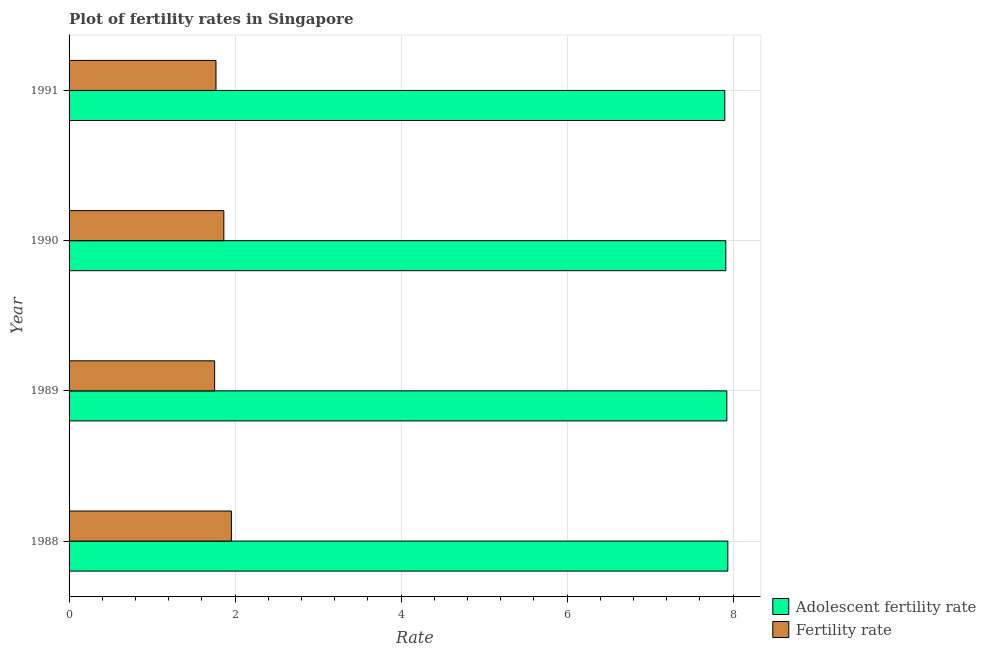
| Year | Adolescent fertility rate | Fertility rate |
 | --- | --- | --- |
 | 1988 | 7.94 | 1.96 |
 | 1989 | 7.93 | 1.75 |
 | 1990 | 7.91 | 1.86 |
 | 1991 | 7.9 | 1.77 |